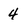
Character: 4